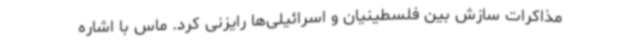
مذاکرات سازش بین فلسطینیان و اسرائیلی‌ها رایزنی کرد. ماس با اشاره